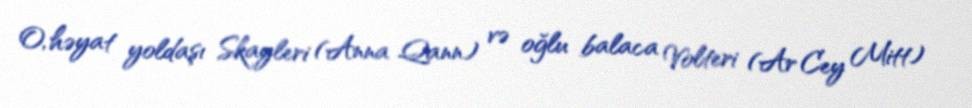
O, həyat yoldaşı Skayleri (Anna Qann) və oğlu balaca Volteri (Ar Cey Mitt)